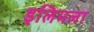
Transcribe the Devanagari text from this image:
इलिमला